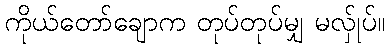
ကိုယ်တော်ချောက တုပ်တုပ်မျှ မလ်ှုပ်။